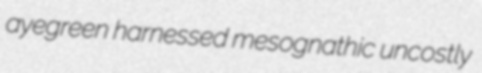
ayegreen harnessed mesognathic uncostly